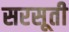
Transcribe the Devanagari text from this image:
सरसूती